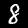
Digit: 8